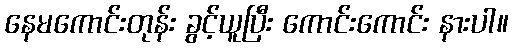
နေမကောင်းတုန်း ခွင့်ယူပြီး ကောင်းကောင်း နားပါ။